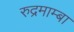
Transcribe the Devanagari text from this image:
रुद्रमाम्बा